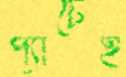
প্যাঁচেই